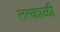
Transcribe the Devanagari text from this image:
तत्काळी